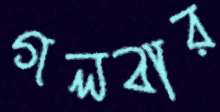
গলবার